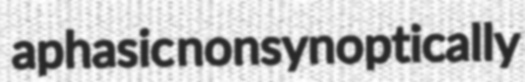
aphasic nonsynoptically